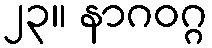
၂၃။ နာဂဝဂ္ဂ